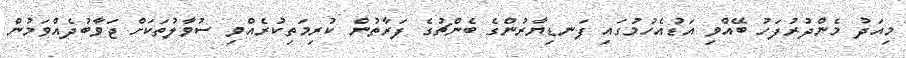
މިއަދު މެންދުރުފަހު ބޭއްވި އަޑުއެހުމުގައި ފަނޑިޔާރުންގެ ބެންޗުގެ ފަރާތުން ކުރިމަތިކުރެއްވި ސުވާލުތަކަށް ޖަވާބުދެއްވަމުން